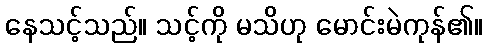
နေသင့်သည်။ သင့်ကို မသိဟု မောင်းမဲကုန်၏။